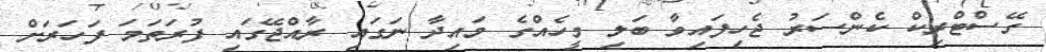
ގޭސްޓްރިކް ކެންސަރު ޖެހިފައިވާ ބަލި މީހެއްގެ މައިދާ ނަގައި ރާއްޖޭގައި ފުރަތަމަ ފަހަރަށް